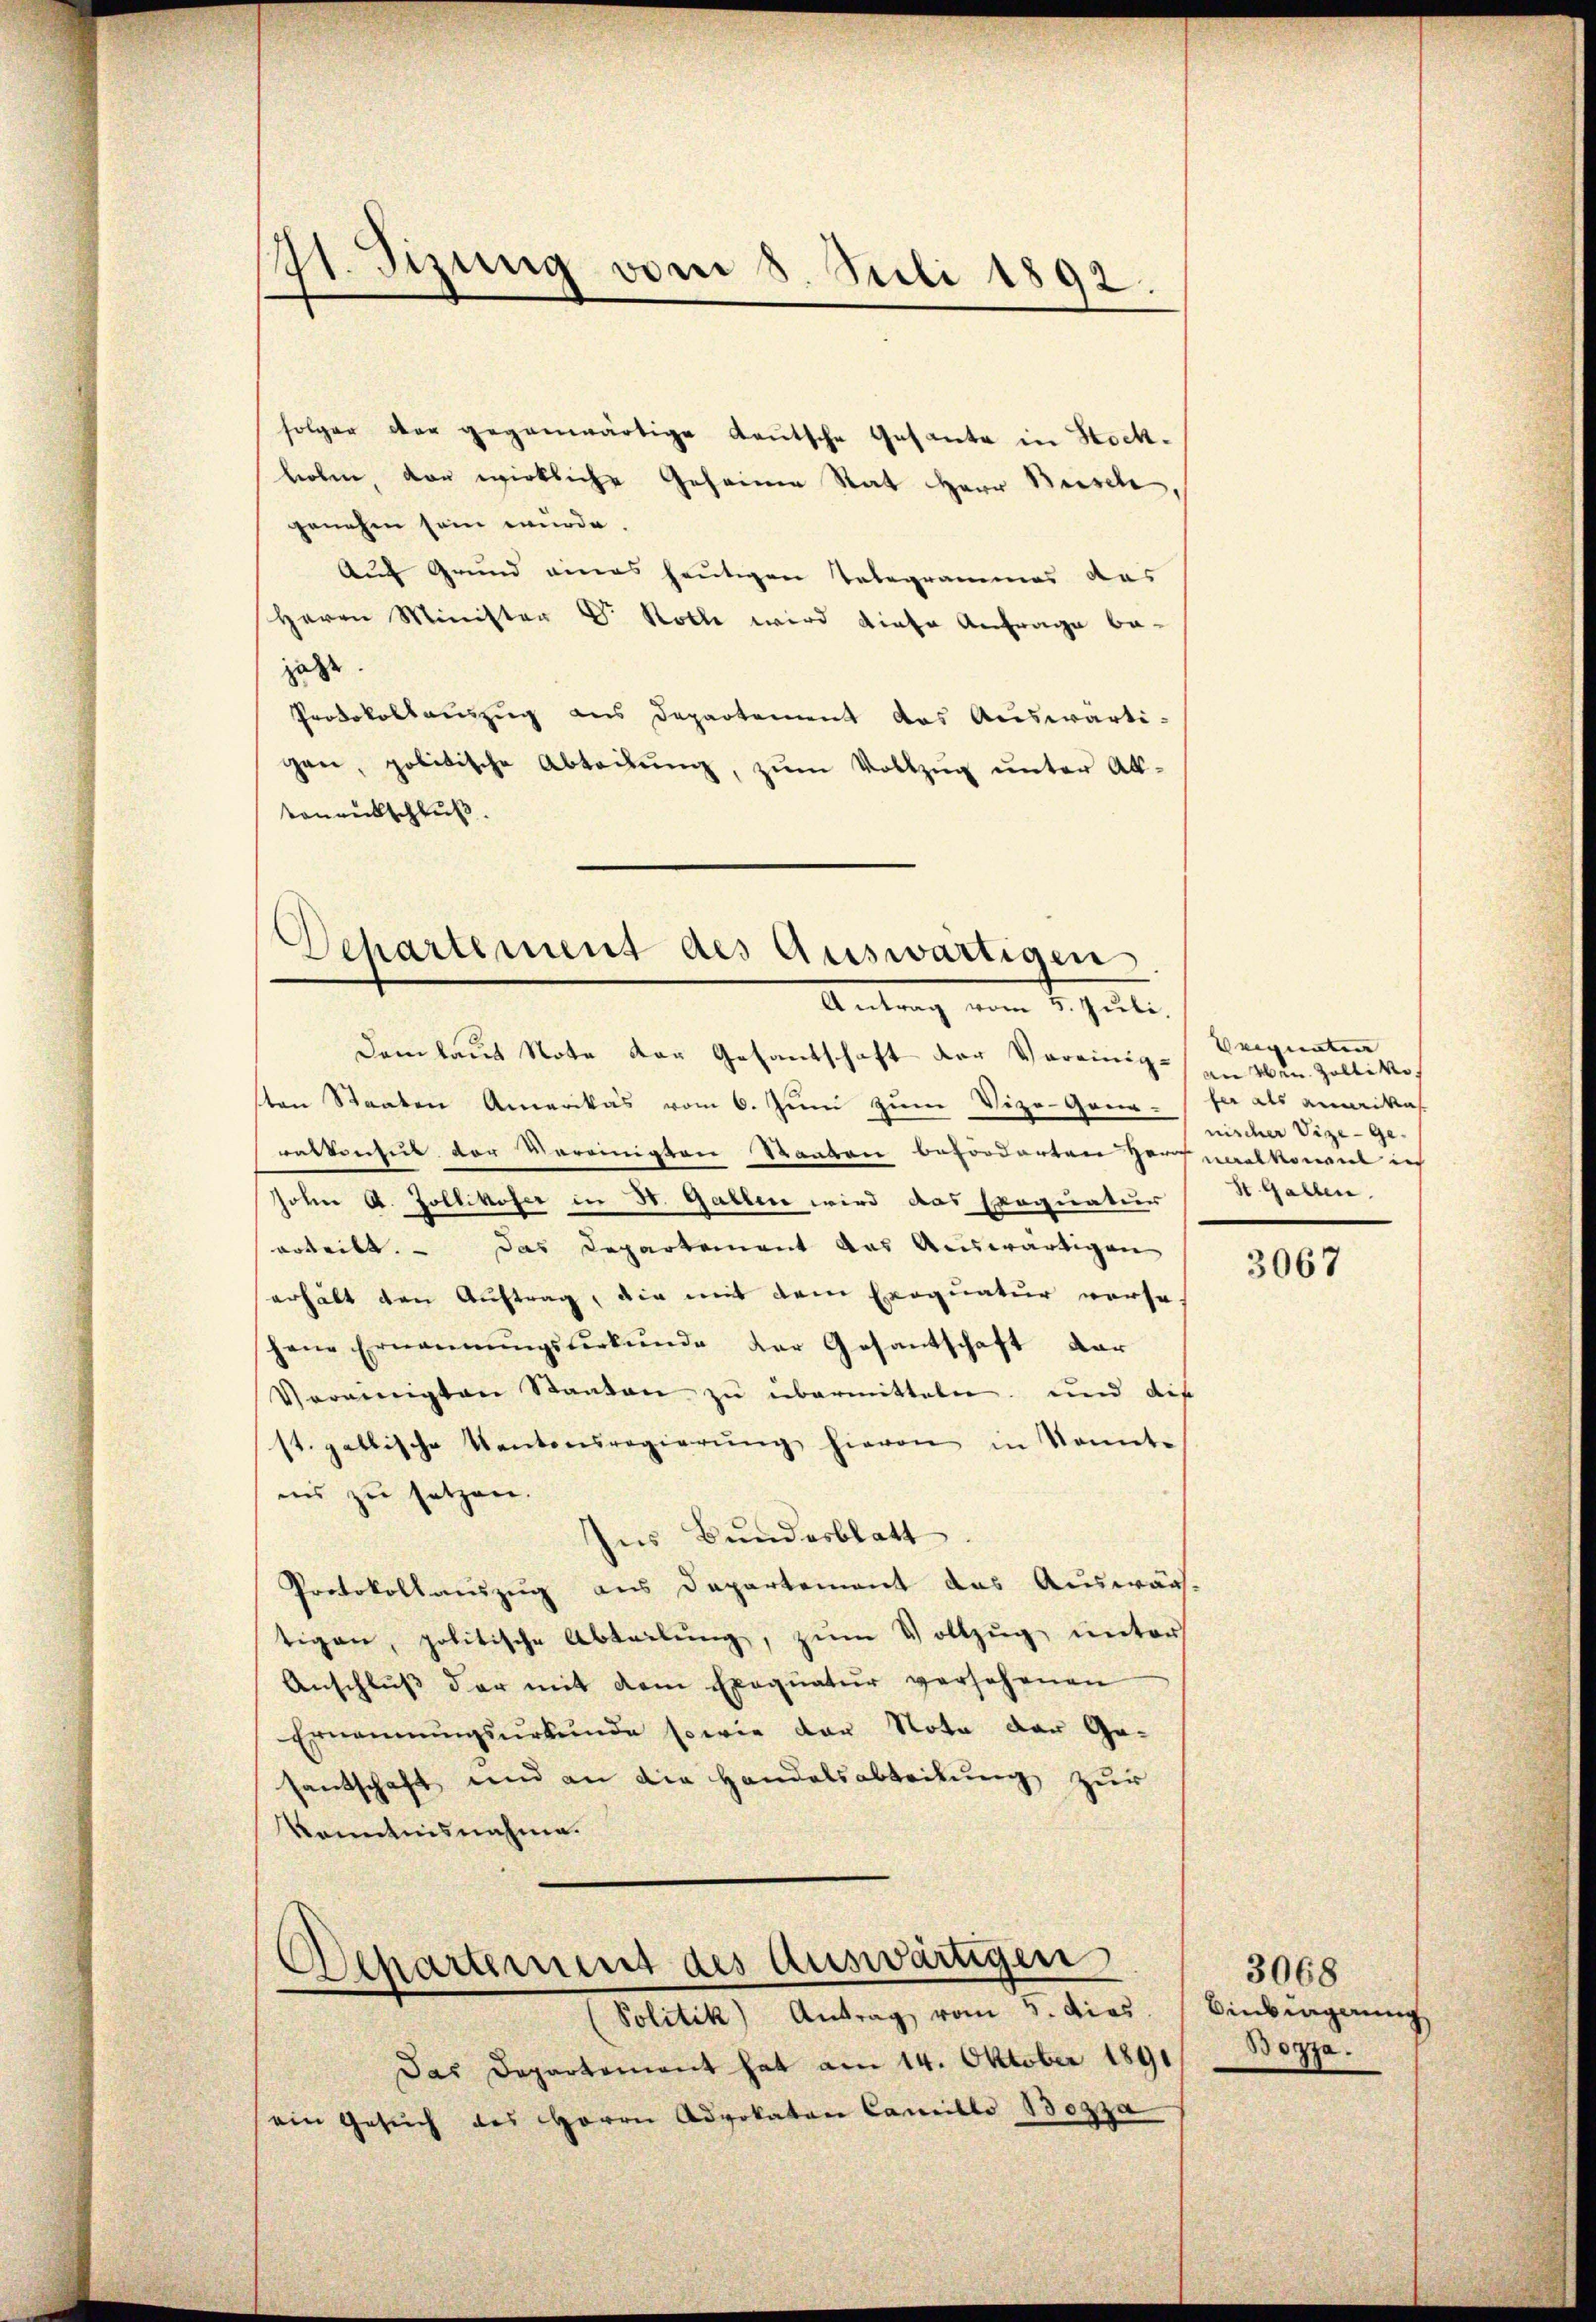
11. Sizung vom 8. Juli 1892.

folger der gegenwärtige deutsche Gesante in Hochloben, der wirkliche Geheime Rat Herr Beisch
genehm sein wurde.
Auf Grund eines heutigen Telegrammes das
Herrn Minister Dr Rolle wird diese Anfrage be-
jetzt.
Protokollauszug aus Departement das Auswärti-
gen, politische Abtadŭng, zŭm Vollzug unter Ab-
tonentschluß.

Departement des Auswärtigen
Antrag vom 5. Juli.

Dem laut Note der Gesantschaft der Vereinig zu den Zolliko
sten Staaten Amerikas vom 6. Juni zum Vize-Gene-Jer als ammikas
ralkonseit der Vereinigten Staaten beförderten Herr volkomit ich
sohn A. Zollikofer in St. Gallen wird das Exequatur
urteilt. - Das Departement das Auswärtigen
erhält den Auftrag, die mit dem Exequatur versahene Ernannŭngsverkŭnde der Gesantschaft dar
Vereinigten Staaten zu übermitteln, und die
st. gallische Kantonsregierŭng hievon in konnte
ins zu setzen.
Ins Bundesblatt
Protokollauszug aus Departement das Auswär-
tigen, politische Abteilŭng, zŭm Vollzŭg ŭnter
Anschlŭβ der mit dem Exequatur versehenen
Ernennungsurkunde sowie der Nota der Ge-
santschaft und an die Handelsabteilung zur
Kenntnisnahme.

Departement des auswärtigen
Politik) Antrag vom 5. dies

Das Departement hat am 14. Oktober 1891
ein Gesŭch des Herrn Advokaten Camille 130330

Veigneten
nischer Vize- Ge¬
St. Gallen.

3067

3068
Dinkingerung
Bozza.